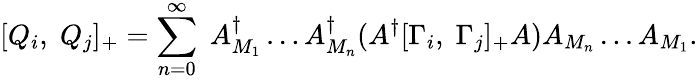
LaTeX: [Q_{i},\; Q_{j}]_{+}=\sum_{n=0}^{\infty}\; A_{M_{1}}^{\dagger}\ldots A_{M_{n}}^{\dagger}(A^{\dagger}[\Gamma_{i},\; \Gamma_{j}]_{+}A)A_{M_{n}}\ldots A_{M_{1}}.